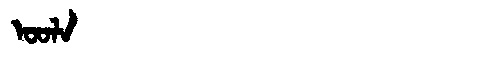
Manchu: ᠣᠣᠯᠠ
Romanization: OOLA